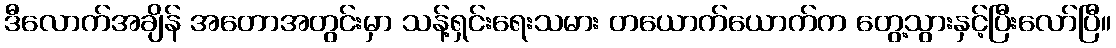
ဒီလောက်အချိန် အတောအတွင်းမှာ သန့်ရှင်းရေးသမား တယောက်ယောက်က တွေ့သွားနှင့်ပြီးလော်ပြီ။